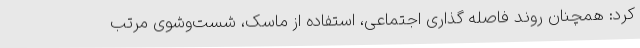
کرد: همچنان روند فاصله‌ گذاری اجتماعی، استفاده از ماسک، شست‌وشوی مرتب